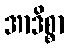
အာဒိစ္စာ